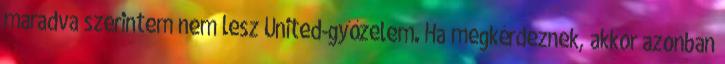
maradva szerintem nem lesz United-győzelem. Ha megkérdeznek, akkor azonban